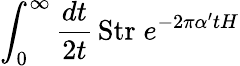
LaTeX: \int_{0}^{\infty}\frac{dt}{2t}\, \mathrm{Str}\; e^{-2\pi\alpha^{\prime}tH}